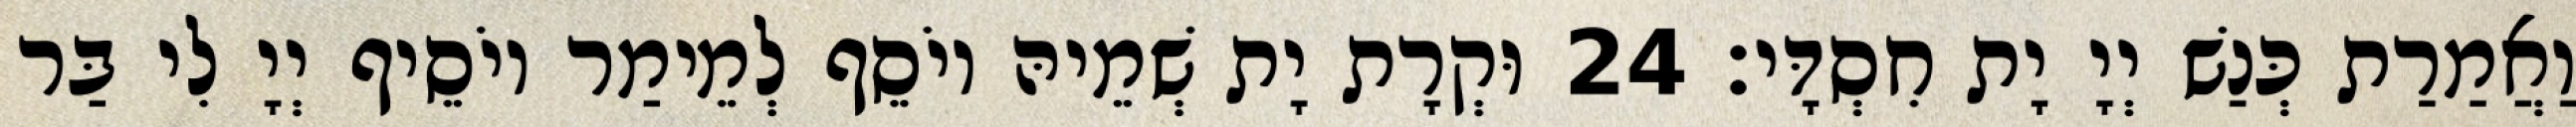
וַאֲמַרַת כְּנַשׁ יְיָ יָת חִסְדָּי׃ 24 וּקְרָת יָת שְׁמֵיהּ יוֹסֵף לְמֵימַר יוֹסֵיף יְיָ לִי בַּר